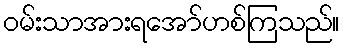
ဝမ်းသာအားရအော်ဟစ်ကြသည်။